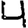
Digit: 4